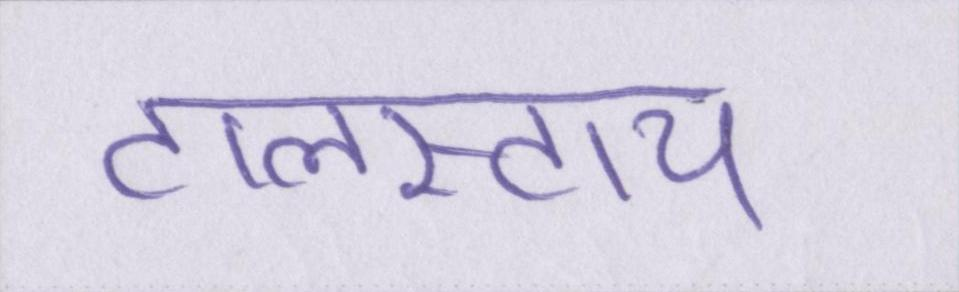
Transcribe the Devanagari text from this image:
टालस्टाय